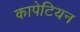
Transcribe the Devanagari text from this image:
कापेटियन